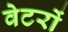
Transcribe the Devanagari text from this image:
वेटरों